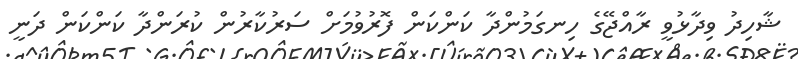
ޝާހިދު ވިދާޅުވީ ރާއްޖޭގެ ހިނގަމުންދާ ކަންކަން ފޮރުވުމަށް ސަރުކާރުން ކުރަންދާ ކަންކަން ދަނީ